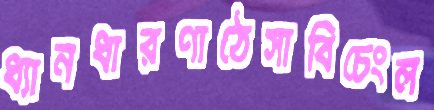
ধ্যানধারণাঠেসাবিচেংল